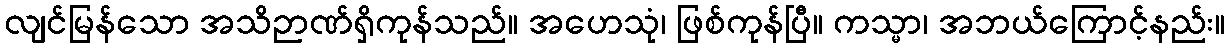
လျင်မြန်သော အသိဉာဏ်ရှိကုန်သည်။ အဟေသုံ၊ ဖြစ်ကုန်ပြီ။ ကသ္မာ၊ အဘယ်ကြောင့်နည်း။